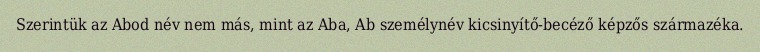
Szerintük az Abod név nem más, mint az Aba, Ab személynév kicsinyítő-becéző képzős származéka.